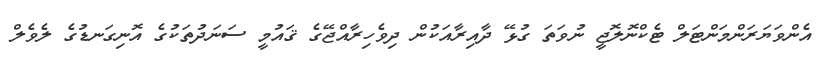
އެންވަޔަރަންމަންޓަލް ޓެކްނޮލޮޖީ ނުވަތަ ގުޅޭ ދާއިރާއަކުން ދިވެހިރާއްޖޭގެ ޤައުމީ ސަނަދުތަކުގެ އޮނިގަނޑުގެ ލެވެލް